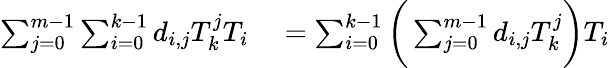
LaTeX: \begin{array}{rl}{\sum_{j=0}^{m-1}\sum_{i=0}^{k-1}d_{i,j}T_{k}^{j}T_{i}}&{{}=\sum_{i=0}^{k-1}\bigg(\sum_{j=0}^{m-1}d_{i,j}T_{k}^{j}\bigg)T_{i}}\end{array}